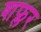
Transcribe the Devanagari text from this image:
शफ्लर